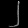
Digit: ၂